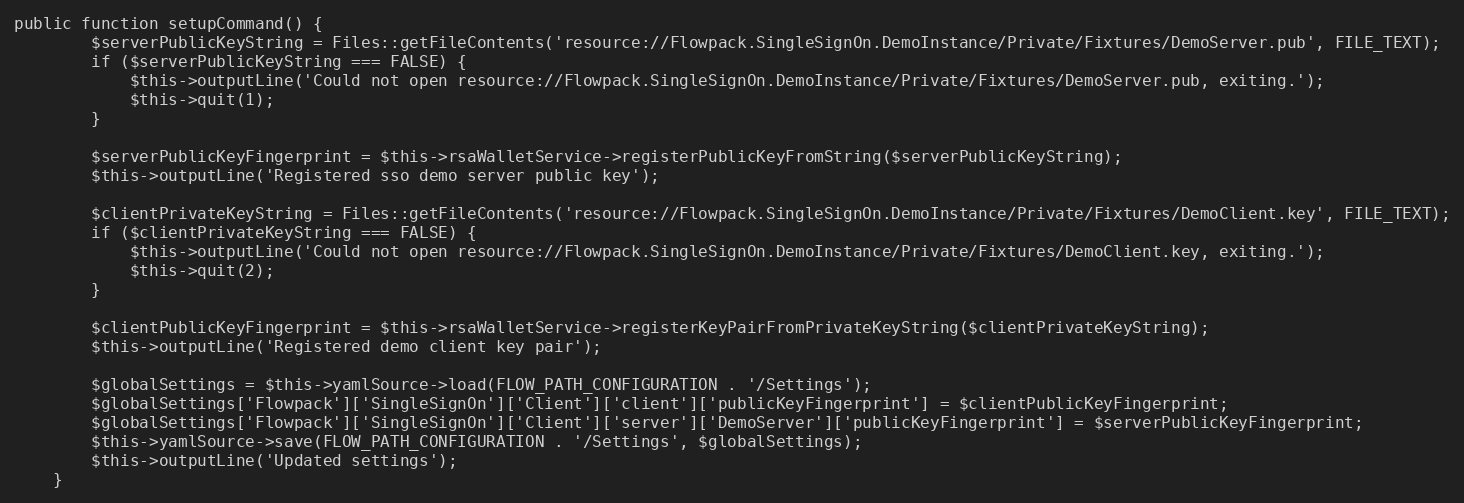
Language: PHP
public function setupCommand() {
		$serverPublicKeyString = Files::getFileContents('resource://Flowpack.SingleSignOn.DemoInstance/Private/Fixtures/DemoServer.pub', FILE_TEXT);
		if ($serverPublicKeyString === FALSE) {
			$this->outputLine('Could not open resource://Flowpack.SingleSignOn.DemoInstance/Private/Fixtures/DemoServer.pub, exiting.');
			$this->quit(1);
		}

		$serverPublicKeyFingerprint = $this->rsaWalletService->registerPublicKeyFromString($serverPublicKeyString);
		$this->outputLine('Registered sso demo server public key');

		$clientPrivateKeyString = Files::getFileContents('resource://Flowpack.SingleSignOn.DemoInstance/Private/Fixtures/DemoClient.key', FILE_TEXT);
		if ($clientPrivateKeyString === FALSE) {
			$this->outputLine('Could not open resource://Flowpack.SingleSignOn.DemoInstance/Private/Fixtures/DemoClient.key, exiting.');
			$this->quit(2);
		}

		$clientPublicKeyFingerprint = $this->rsaWalletService->registerKeyPairFromPrivateKeyString($clientPrivateKeyString);
		$this->outputLine('Registered demo client key pair');

		$globalSettings = $this->yamlSource->load(FLOW_PATH_CONFIGURATION . '/Settings');
		$globalSettings['Flowpack']['SingleSignOn']['Client']['client']['publicKeyFingerprint'] = $clientPublicKeyFingerprint;
		$globalSettings['Flowpack']['SingleSignOn']['Client']['server']['DemoServer']['publicKeyFingerprint'] = $serverPublicKeyFingerprint;
		$this->yamlSource->save(FLOW_PATH_CONFIGURATION . '/Settings', $globalSettings);
		$this->outputLine('Updated settings');
	}